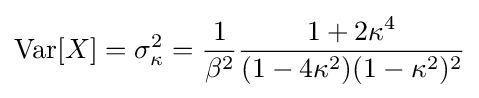
\operatorname {Var} [X]=\sigma _{\kappa }^{2}={\frac {1}{\beta ^{2}}}{\frac {1+2\kappa ^{4}}{(1-4\kappa ^{2})(1-\kappa ^{2})^{2}}}